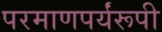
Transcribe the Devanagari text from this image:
परमाणपर्यंरूपी